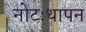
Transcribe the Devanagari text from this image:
नोटःथापन